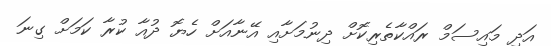
އަދި މައިސަމް ރައްކާތެރިކޮށް ދިނުމަށާއި އޭނާއަށް ހެޔޮ ދުއާ ކުރާ ކަމަށް ގިނަ